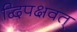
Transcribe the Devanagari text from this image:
द्विपक्षवत्‌